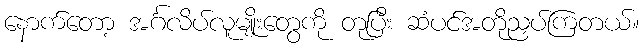
နောက်တော့ အင်္ဂလိပ်လူမျိုးတွေကို တုပြီး ဆံပင်အတိုညှပ်ကြတယ်။